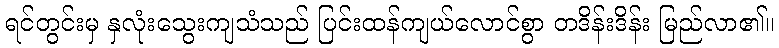
ရင်တွင်းမှ နှလုံးသွေးကျသံသည် ပြင်းထန်ကျယ်လောင်စွာ တဒိန်းဒိန်း မြည်လာ၏။